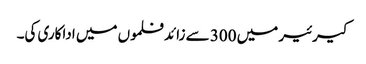
کیرئیر میں 300 سے زائد فلموں میں اداکاری کی۔